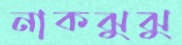
নাকঝুঝু